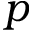
p